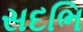
સદભિ